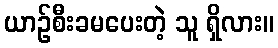
ယာဉ်စီးခမပေးတဲ့ သူ ရှိလား။